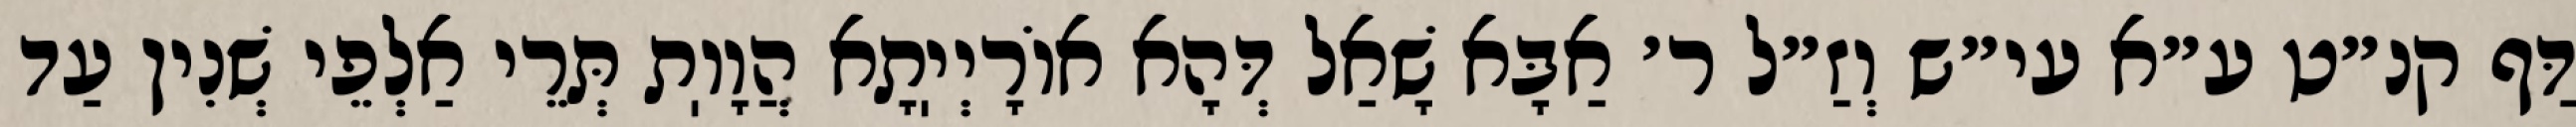
דַּף קנ״ט ע״א עי״ש וְזַ״ל ר׳ אַבָּא שָׁאַל דְּהָא אוֹרָיְיֽתָא הֲוָוֽת תְּרֵי אַלְפֵי שְׁנִין עַד